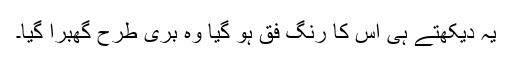
یہ دیکھتے ہی اس کا رنگ فق ہو گیا وہ بری طرح گھبرا گیا۔